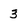
Character: 3